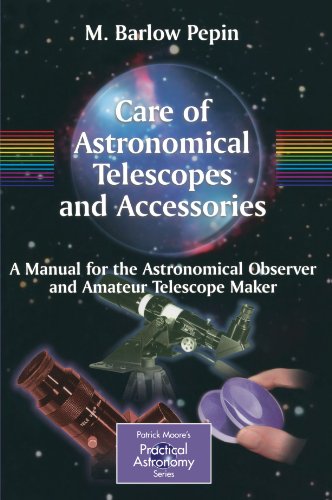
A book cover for Care of Astronomical Telescopes and Accessories: A Manual for the Astronomical Observer and Amateur Telescope Maker (The Patrick Moore Practical Astronomy Series); M. Barlow Pepin; Science & Math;